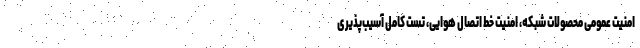
امنیت عمومی محصولات شبکه، امنیت خط اتصال هوایی، تست کامل آسیب‌پذیری